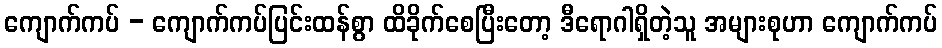
ကျောက်ကပ် - ကျောက်ကပ်ပြင်းထန်စွာ ထိခိုက်စေပြီးတော့ ဒီရောဂါရှိတဲ့သူ အများစုဟာ ကျောက်ကပ်